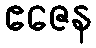
ဧဇေန